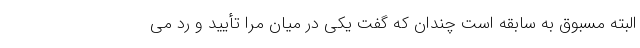
البته مسبوق به سابقه است چندان که گفت یکی در میان مرا تأیید و رد می